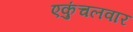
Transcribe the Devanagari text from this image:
एकुंचलवार